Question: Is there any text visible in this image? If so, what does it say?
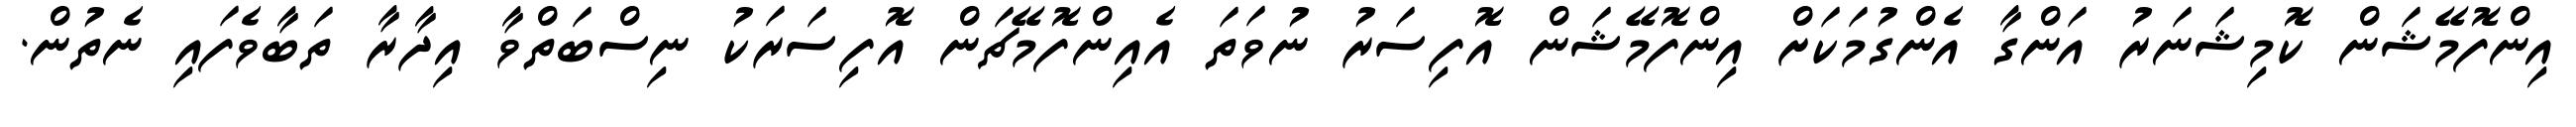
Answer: އިންފޮމޭޝަން ކޮމިޝަނަރު އަންގާ އެންގުމަކަށް އިންފޮމޭޝަން އޮފިސަރު ނުވަތަ އެއިންފޮމޭޗަން އޮފިސަރަކު ނިސްބަތްވާ އިދާރާ ތަބާވެފައި ނެތުން.